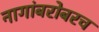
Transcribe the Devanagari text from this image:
नागांबरोबरच